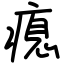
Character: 瘜